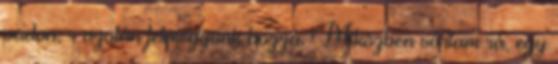
padon; - azután felmegyünk hozzá. Mi­közben vártam rá, egy